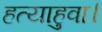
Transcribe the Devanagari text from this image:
हत्याहुवा।